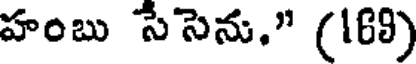
హంబు సేసెను." (169)